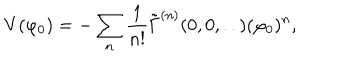
V ( \varphi _ { 0 } ) = - \sum _ { n } \frac { 1 } { n ! } \tilde { \Gamma } ^ { ( n ) } ( 0 , 0 , . . ) ( \varphi _ { 0 } ) ^ { n } ,